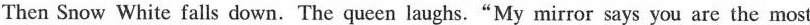
Then Snow White falls down.The queen laughs."My mirror says you are the most